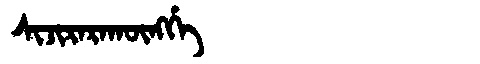
Manchu: ᠰᡳᠵᡳᡵᠠᡵᠠᡴᡡᠩᡤᡝ
Romanization: SIJIRARAKŪNGGE